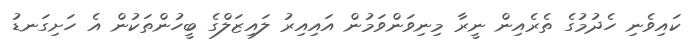
ކައިވެނި ހެދުމުގެ ތެރެއިން ނީރާ މިނިވަންވަމުން އައިއިރު ލައިޒަލްގެ ބީހުންތަކުން އެ ހަށިގަނޑު